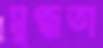
মুগ্ধতা